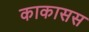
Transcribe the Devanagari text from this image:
काकासस